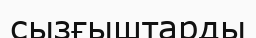
сызғыштарды